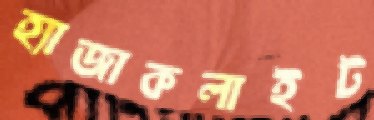
হ্যাজাকলাইট